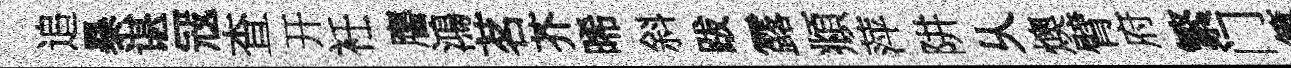
追暴谌冦查开衽譍鴻茗芥晞斜跋露頫萍阱乆燠臂府繁门篤